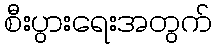
စီးပွားရေးအတွက်